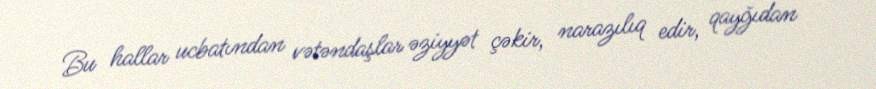
Bu hallar ucbatından vətəndaşlar əziyyət çəkir, narazılıq edir, qayğıdan